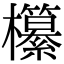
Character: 𣠹